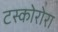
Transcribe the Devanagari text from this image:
टस्कोरोरा